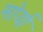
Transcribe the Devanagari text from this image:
मोर्या